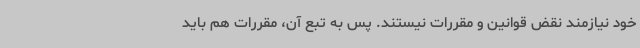
خود نیازمند نقض قوانین و مقررات نیستند. پس به تبع آن، مقررات هم باید